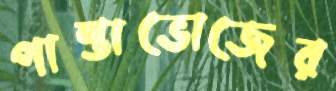
পান্তাভোজের